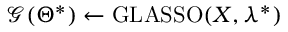
\mathcal { G } ( \Theta ^ { * } ) \gets \mathrm { G L A S S O } ( X , \lambda ^ { * } )